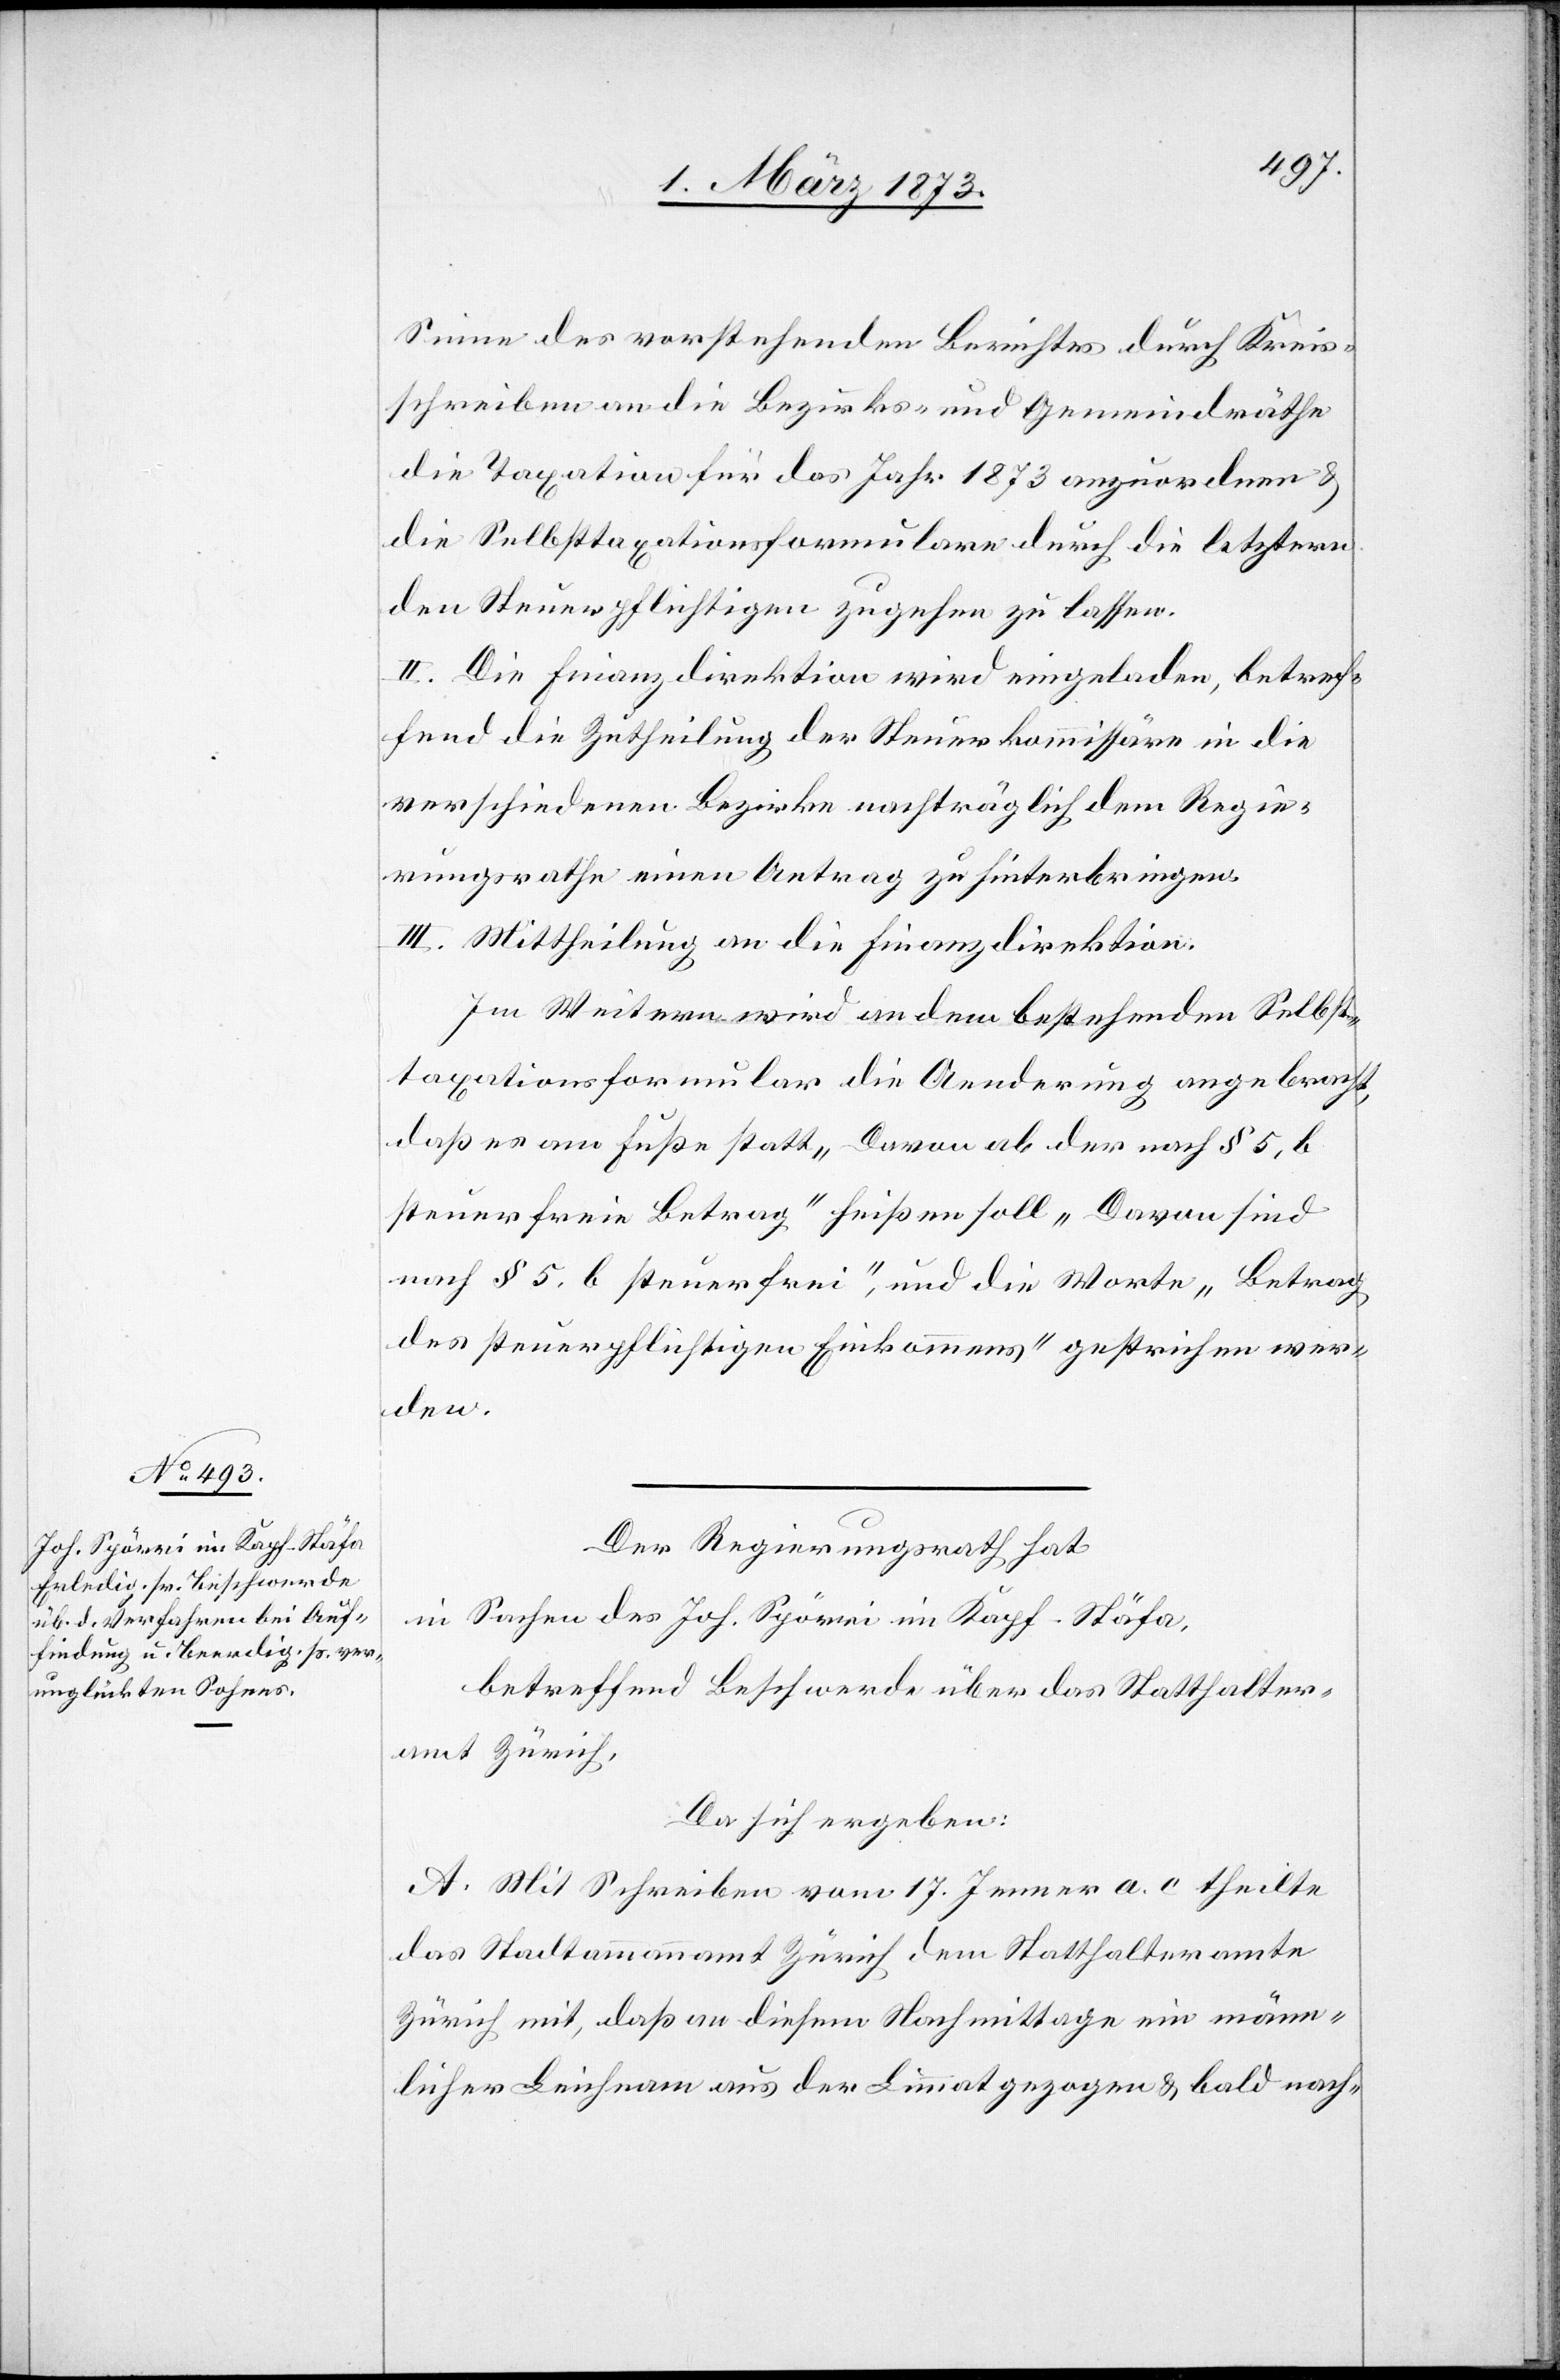
Sinne des vorstehenden Berichtes durch Kreis¬
schreiben an die Bezirks- und Gemeindräthe
die Taxation für das Jahr 1873 anzuordnen u.
die Selbsttaxationsformulare durch die letztern
den Steuerpflichtigen zugehen zu lassen.
II. Die Finanzdirektion wird eingeladen, betref¬
fend die Zutheilung der Steuerkommissäre in die
verschiedenen Bezirke nachträglich dem Regie¬
rungsrathe einen Antrag zu hinterbringen.
III. Mittheilung an die Finanzdirektion.
Im Weitern wird an dem bestehenden Selbst¬
taxationsformular die Aenderung angebracht,
daß es am Fuße statt „Davon ab der nach § 5, b
steuerfreie Betrag“ heißen soll „Davon sind
nach § 5, b steuerfrei“, und die Worte „Betrag
des steuerpflichtigen Einkommens“ gestrichen wer¬
den.
Der Regierungsrath hat
in Sachen des Joh. Spörri im Kapf-Stäfa,
betreffend Beschwerde über das Statthalter¬
amt Zürich,
Da sich ergeben:
A. Mit Schreiben vom 17. Jenner a. c. theilte
das Stadtammannamt Zürich dem Statthalteramte
Zürich mit, daß an diesem Nachmittage ein männ¬
licher Leichnam aus der Limmat gezogen u. bald nach-